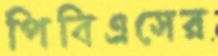
পিবিএসের